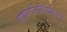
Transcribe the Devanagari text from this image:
हाइपरलिपिडेमियस